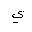
Letter: _ya